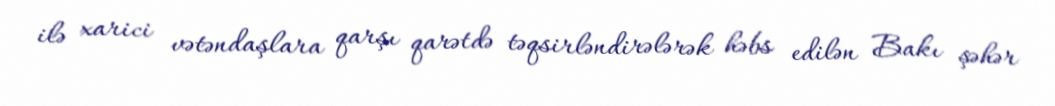
ilə xarici vətəndaşlara qarşı qarətdə təqsirləndirələrək həbs edilən Bakı şəhər